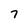
Character: 7